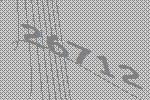
26712